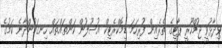
ވިދާޅުވީ ޖުމްހޫރީ ޕާޓީގެ ތެރެއިން ފުރިހަމަ ޑިމޮކްރެޓިކް އުސޫލުން ކަންތައްތައް ހިނގަމުންދާނެ ކަމުގެ